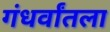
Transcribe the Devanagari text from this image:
गंधर्वांतला